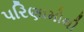
પરિણામોથી